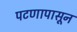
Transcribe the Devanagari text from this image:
पटणापासून